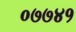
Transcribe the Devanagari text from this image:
०७७४१